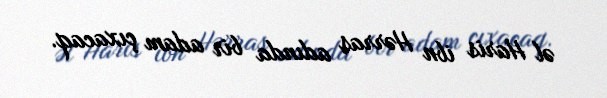
əl Haris ibn Hərras adında bir adam çıxacaq.